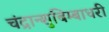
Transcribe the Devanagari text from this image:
चंद्रान्शुबिम्बाधरी